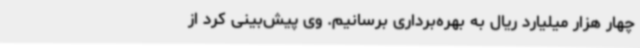
چهار هزار میلیارد ریال به بهره‌برداری برسانیم. وی پیش‌بینی کرد از